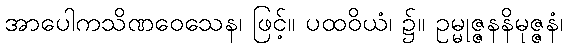
အာပေါကသိဏဝေသေန၊ ဖြင့်။ ပထဝိယံ၊ ၌။ ဥမ္မုဇ္ဇနနိမုဇ္ဇနံ၊